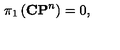
\pi _ { 1 } \left( { \bf C P } ^ { n } \right) = 0 ,